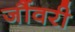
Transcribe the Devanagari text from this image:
जौंवरी